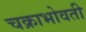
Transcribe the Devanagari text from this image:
चक्राभोवती